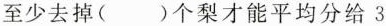
至少去掉( )个梨才能平均分给 3